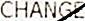
CHANGE